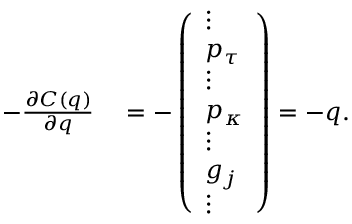
\begin{array} { r l } { - \frac { \partial C ( q ) } { \partial q } } & { { } = - \left( \begin{array} { l } { \vdots } \\ { p _ { \tau } } \\ { \vdots } \\ { p _ { \kappa } } \\ { \vdots } \\ { g _ { j } } \\ { \vdots } \end{array} \right) = - q . } \end{array}